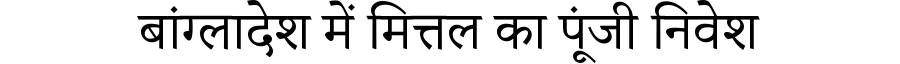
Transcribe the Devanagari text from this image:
बांग्लादेश में मित्तल का पूंजी निवेश